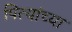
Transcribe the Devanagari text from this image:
पित्यांच्या